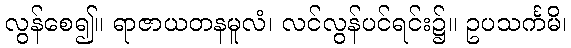
လွန်စေ၍။ ရာဇာယတနမူလံ၊ လင်လွန်ပင်ရင်း၌။ ဥပသင်္ကမိ၊